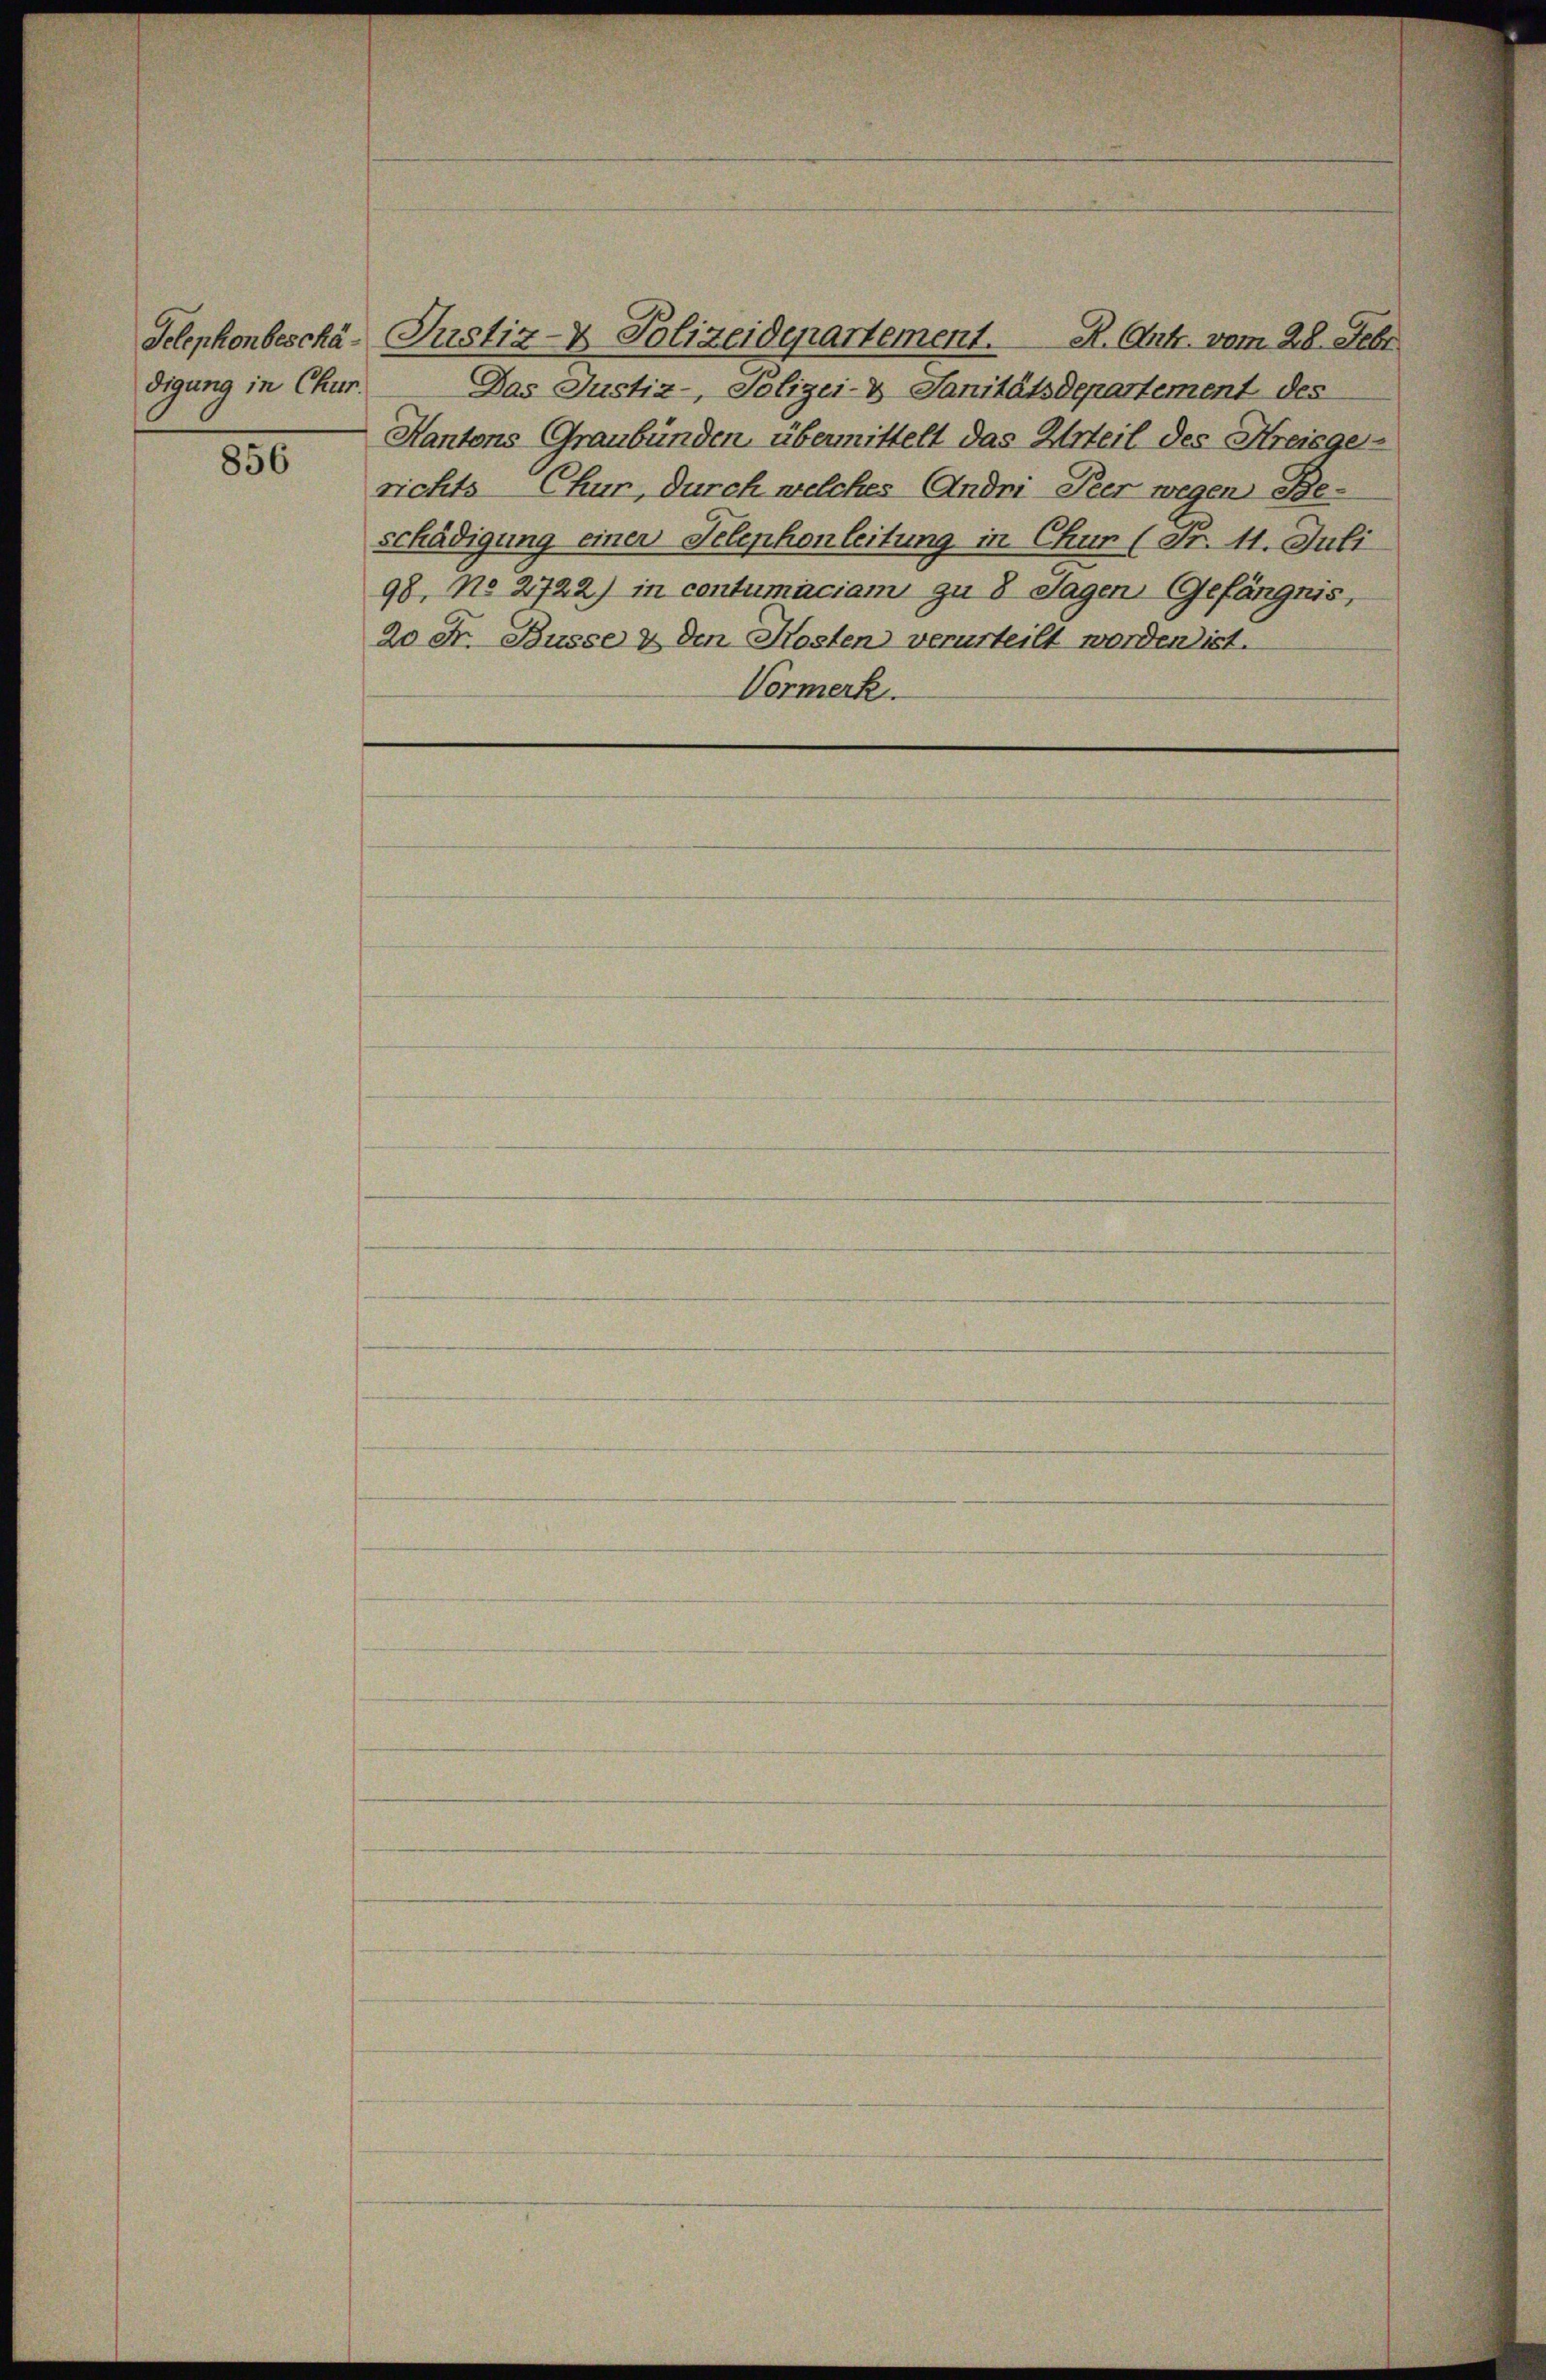
digung in Chur.

850

Telephonbeschä- Justiz- & Polizeidepartement. R. Art. vom 28. Febr
Das Justiz- Polizei- & Sanitätsdepartement des
Kantons Graubünden übermittelt das Urteil des Kreisgerichts Chur, durch welches Andri-Peer wegen Be-
schädigung einen Telephonleitung in Chur (Fr. 11. Juli
98, No 2722) in contumaciam zu 8 Tagen Gefängnis,
20 Fr. Busse & den Kosten verurteilt werden ist.
Vormerk.